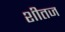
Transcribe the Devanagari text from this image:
शीतज